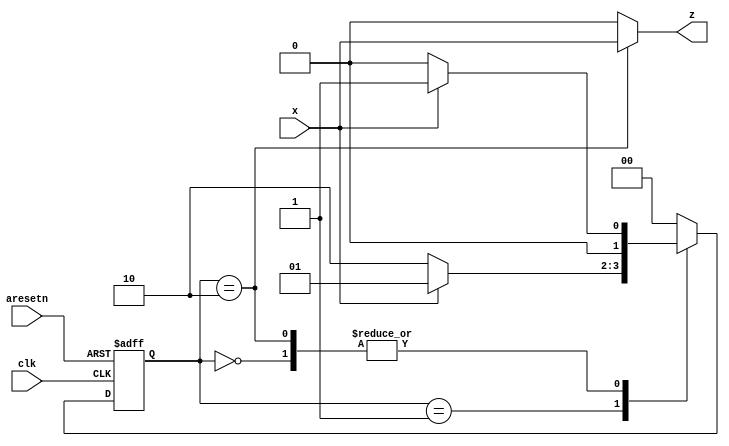
module top_module (
    input clk,
    input aresetn,    // Asynchronous active-low reset
    input x,
    output z ); 
    
    reg [1 : 0] curr_state;
    reg [1 : 0] next_state;
    
    parameter START = 2'd0;
    parameter MID   = 2'd1;
    parameter END   = 2'd2;
    
    always@(posedge clk or negedge aresetn)
    begin
        if(~aresetn)
            curr_state <= START;
        else
            curr_state <= next_state;
    end
    
    always@(*)
    begin
        case(curr_state)
            START: next_state = x ? MID : START;
            MID  : next_state = x ? MID : END  ;
            END  : next_state = x ? MID : START;
            default: next_state = START;
        endcase
    end
    
    assign z = (curr_state == END) ? x : 1'b0;

endmodule